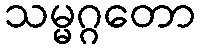
သမ္မဂ္ဂတော